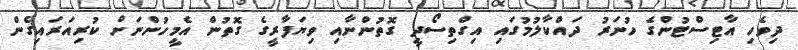
ދިވެހި އާޓިސްޓުންގެ ހުނަރު ދައްކާލުމުގައި އިގްތިސޯދީ ގޮތުންނާއި ވިޔަފާރީގެ ގޮތުން އެމީހުންނަށް ކުރިއަރައިގެން